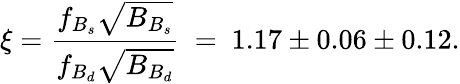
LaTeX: \xi=\frac{f_{B_{s}}\sqrt{B_{B_{s}}}}{f_{B_{d}}\sqrt{B_{B_{d}}}}~=~1.17\pm 0.06\pm 0.12.